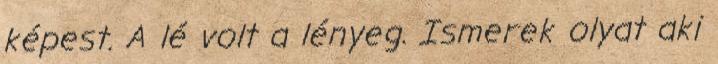
képest. A lé volt a lényeg. Ismerek olyat aki